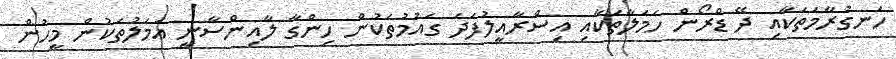
ހަނގުރާމަތަކާއި ދޭ ޑްރޯން ހަމަލާތަކާއި އިސްރާއީލުފަދަ ގައުމުތަކުން ހިންގާ ލާއިންސާނީ އަމަލުތަކުން މީހުން